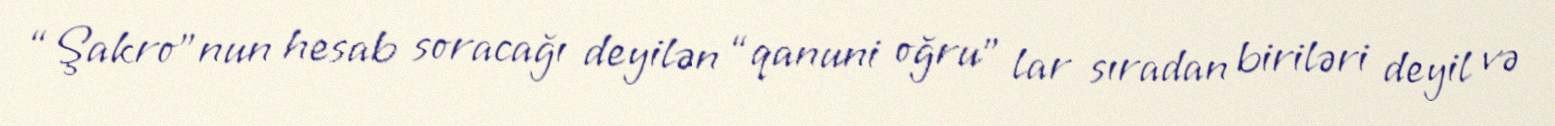
“Şakro”nun hesab soracağı deyilən “qanuni oğru” lar sıradan biriləri deyil və